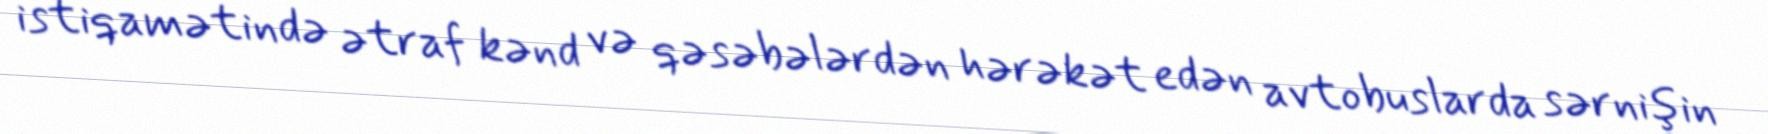
istiqamətində ətraf kənd və qəsəbələrdən hərəkət edən avtobuslarda sərnişin